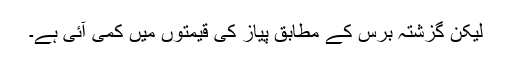
لیکن گزشتہ برس کے مطابق پیاز کی قیمتوں میں کمی آئی ہے۔